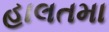
હાલતમા